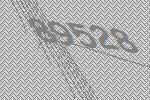
89528